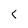
Character: L